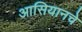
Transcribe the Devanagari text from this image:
आसियानचे